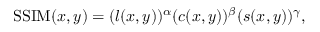
\mathrm { S S I M } ( x , y ) = ( l ( x , y ) ) ^ { \alpha } ( c ( x , y ) ) ^ { \beta } ( s ( x , y ) ) ^ { \gamma } ,